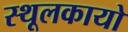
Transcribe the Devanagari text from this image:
स्थूलकायो